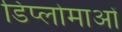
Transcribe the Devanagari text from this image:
डिप्लोमाओं